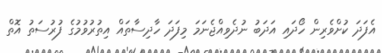
އެފަދަ ކުށްވެރިން ހޯދައި އަދަބު ނުދެވިއްޖެނަމަ މިފަދަ ހާދިސާތައް އިތުރުވުމުގެ ފުރުސަތު އޮތް